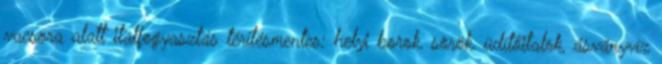
vacsora alatt italfogyasztás térítésmentes: helyi borok, sörök, üdítőitalok, ásványvíz